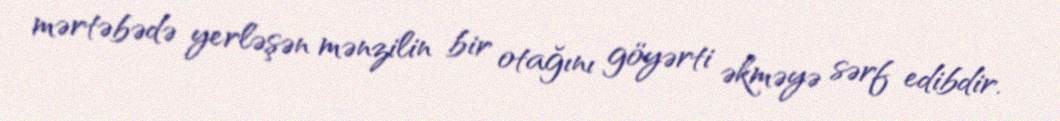
mərtəbədə yerləşən mənzilin bir otağını göyərti əkməyə sərf edibdir.